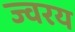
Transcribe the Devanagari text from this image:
ज्वरय